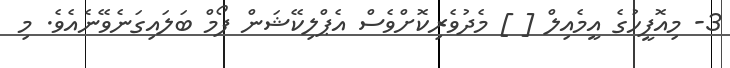
3- މިއޮފީހުގެ އީމެއިލް [ ] މެދުވެރިކޮށްވެސް އެޕްލިކޭޝަން ފޯމް ބަލައިގަނެވޭނެއެވެ. މި